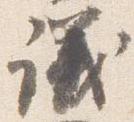
議